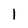
Character: 1